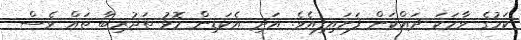
ކަމުގެ ވާހަކަ ދައްކަން ފަށައިފިއެވެ. އަދި އެކަޑިން މޮޅު ތަޖުރިބާ ތައް ވެސް